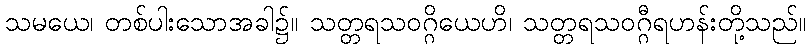
သမယေ၊ တစ်ပါးသောအခါ၌။ သတ္တရသဝဂ္ဂိယေဟိ၊ သတ္တရသဝဂ္ဂီရဟန်းတို့သည်။